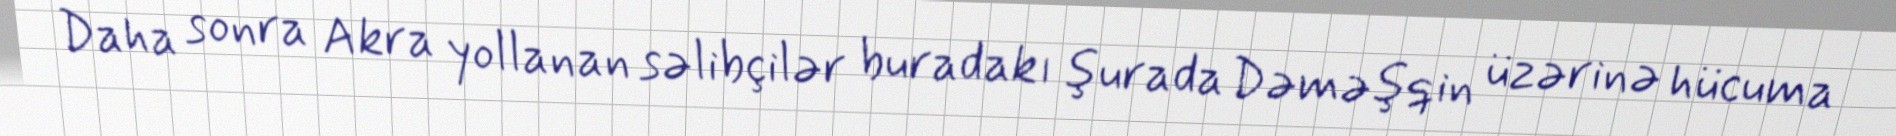
Daha sonra Akra yollanan səlibçilər buradakı şurada Dəməşqin üzərinə hücuma